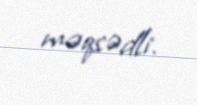
məqsədli.